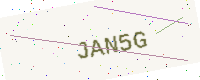
Text: JAN5G